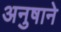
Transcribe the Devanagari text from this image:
अनुषाने